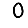
Digit: 0